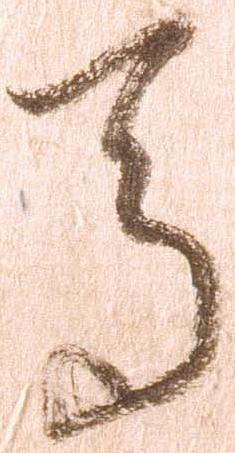
馬